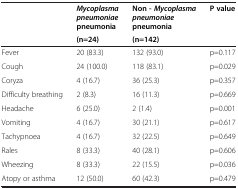
| <ROWSPAN=2>  | Mycoplasma pneumoniaepneumonia | Non -Mycoplasma pneumoniaepneumonia | <ROWSPAN=2> P value |
 | (n=24) | (n=142) |
 | --- | --- | --- | --- |
 | Fever | 20 (83.3) | 132 (93.0) | p=0.117 |
 | Cough | 24 (100.0) | 118 (83.1) | p=0.029 |
 | Coryza | 4 (16.7) | 36 (25.3) | p=0.357 |
 | Difficulty breathing | 2 (8.3) | 16 (11.3) | p=0.669 |
 | Headache | 6 (25.0) | 2 (1.4) | p=0.001 |
 | Vomiting | 4 (16.7) | 30 (21.1) | p=0.617 |
 | Tachypnoea | 4 (16.7) | 32 (22.5) | p=0.649 |
 | Rales | 8 (33.3) | 40 (28.1) | p=0.606 |
 | Wheezing | 8 (33.3) | 22 (15.5) | p=0.036 |
 | Atopy or asthma | 12 (50.0) | 60 (42.3) | p=0.479 |